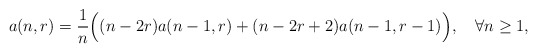
\begin{align*}a(n,r) = {1\over n}\Bigl((n-2r) a(n-1,r) + (n-2r+2)a(n-1,r-1)\Bigr),\quad \forall n\geq1,\end{align*}